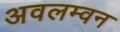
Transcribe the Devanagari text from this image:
अवलम्वन